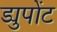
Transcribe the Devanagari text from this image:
ड्युपोंट